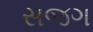
સજગ